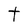
Character: t